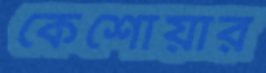
কেশোয়ার